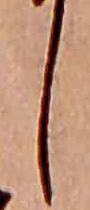
し